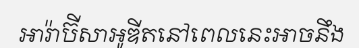
អារ៉ាប៊ីសាអូឌីតនៅពេលនេះអាចនឹង